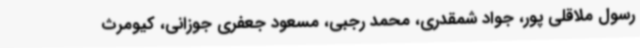
رسول ملاقلی پور، جواد شمقدری‌، محمد رجبی‌، مسعود جعفری جوزانی‌، کیومرث